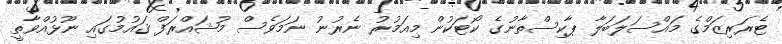
ޓެރަރިޒަމްގެ މައްސަލަބަލާ ޕާކިސްތާނުގެ ކޯޓަކުން މިއަމުރު ނެރުނު ނަމަވެސް މުޝައްރަފް ޤައުމުގައި ނޫޅުއްވާތީ